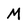
Character: M